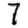
Digit: 7